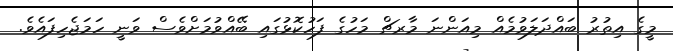
މީގެ އިތުރު ބައްދަލަވުމެއް މިއަންނަ މާރޗް މަހުގެ ފަހުކޮޅުގައި ބޭއްވުމަށްވެސް ވަނީ ހަމަޖެހިފައެވެ.